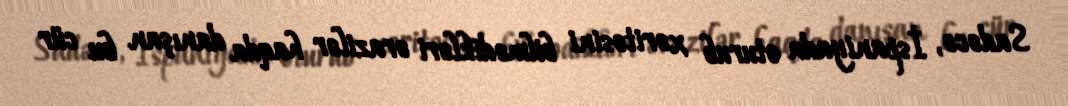
Sadəcə, İspaniyada oturub xəritəsini bilmədikləri ərazilər haqda danışan bu cür